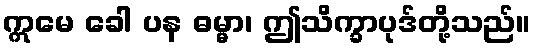
ဣမေ ခေါ ပန ဓမ္မာ၊ ဤသိက္ခာပုဒ်တို့သည်။